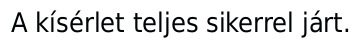
A kísérlet teljes sikerrel járt.